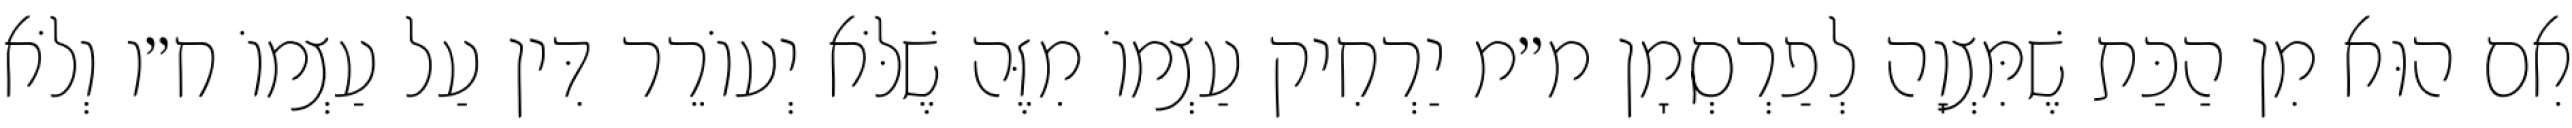
אִם הוּא מִן הַכַּת שֶׁמִּצְוָה לְפַרְסְמָן מ״מ יַרְחִיק עַצְמוֹ מִזֶּה שֶׁלֹּא יְעוֹרֵר דִּין עַל עַצְמוֹ ח״ו וְלֹא